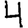
Digit: 4